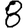
Digit: 8